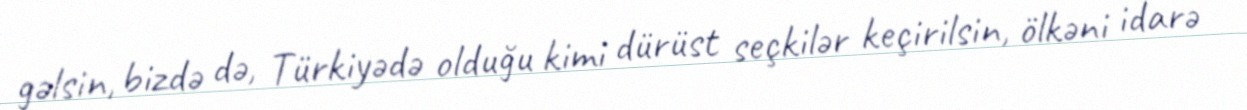
gəlsin, bizdə də, Türkiyədə olduğu kimi dürüst seçkilər keçirilsin, ölkəni idarə